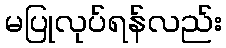
မပြုလုပ်ရန်လည်း